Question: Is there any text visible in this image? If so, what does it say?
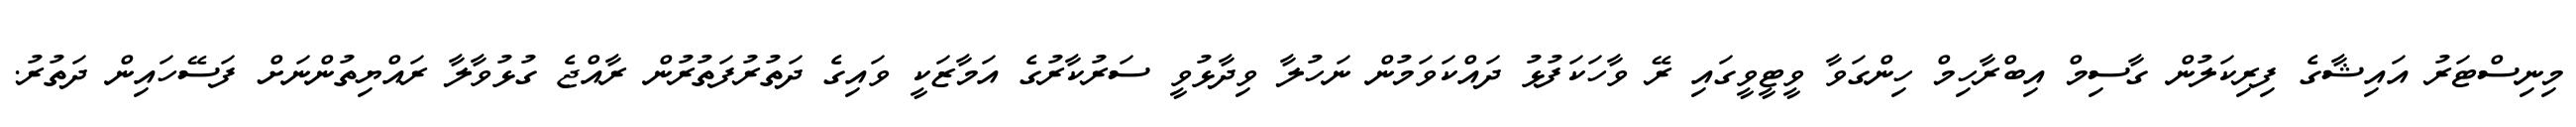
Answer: މިނިސްޓަރު އައިޝާގެ ފިރިކަލުން ގާސިމް އިބްރާހިމް ހިންގަވާ ވީޓީވީގައި ރޭ ވާހަކަފުޅު ދައްކަވަމުން ނަހުލާ ވިދާޅުވީ ސަރުކާރުގެ އަމާޒަކީ ވައިގެ ދަތުރުފަތުރުން ރާއްޖެ ގުޅުވާލާ ރައްޔިތުންނަށް ފަސޭހައިން ދަތުރު.